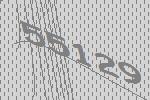
55129